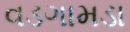
વડગામડા